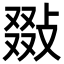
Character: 敠